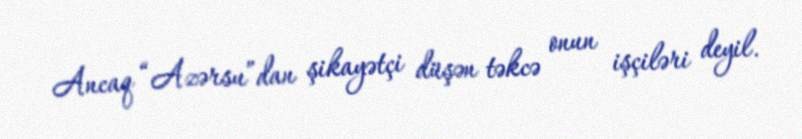
Ancaq “Azərsu”dan şikayətçi düşən təkcə onun işçiləri deyil.